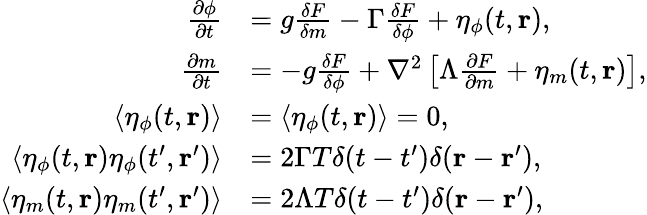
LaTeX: \begin{array}{rl}{\frac{\partial\phi}{\partial t}}&{=g\frac{\delta F}{\delta m}-\Gamma\frac{\delta F}{\delta\phi}+\eta_{\phi}(t,{\mathbf{r}}),}\\ {\frac{\partial m}{\partial t}}&{=-g\frac{\delta F}{\delta\phi}+\nabla^{2}\left[\Lambda\frac{\partial F}{\partial m}+\eta_{m}(t,\mathbf{r})\right],}\\ {\langle\eta_{\phi}(t,{\mathbf{r}})\rangle}&{=\langle\eta_{\phi}(t,{\mathbf{r}})\rangle=0,}\\ {\langle\eta_{\phi}(t,{\mathbf{r}})\eta_{\phi}(t^{\prime},{\mathbf{r}}^{\prime})\rangle}&{=2\Gamma T\delta(t-t^{\prime})\delta({\mathbf{r}}-{\mathbf{r}}^{\prime}),}\\ {\langle\eta_{m}(t,{\mathbf{r}})\eta_{m}(t^{\prime},{\mathbf{r}}^{\prime})\rangle}&{=2\Lambda T\delta(t-t^{\prime})\delta({\mathbf{r}}-{\mathbf{r}}^{\prime}),}\end{array}